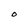
Character: O